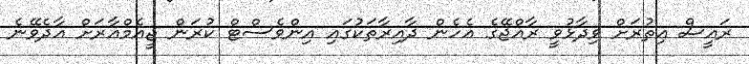
ރައީސް އިތުރަށް ވިދާޅުވީ ރާއްޖޭގެ އެހެން ދާއިރާތަކުގައި އިންވެސްޓް ކުރަން ޖީއެމްއާރަށް އާދެވޭނެ